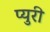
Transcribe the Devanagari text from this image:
प्युरी